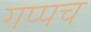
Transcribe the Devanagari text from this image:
गप्पच